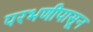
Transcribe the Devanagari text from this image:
परभणीपासून